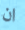
ان